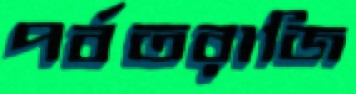
পর্বতরাজি